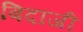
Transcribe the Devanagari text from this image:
बिदाजी